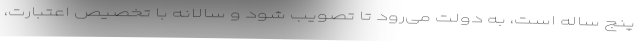
پنج ساله است، به دولت می‌رود تا تصویب شود و سالانه با تخصیص اعتبارت،